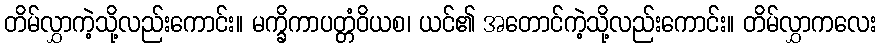
တိမ်လွှာကဲ့သို့လည်းကောင်း။ မက္ခိကာပတ္တံဝိယစ၊ ယင်၏ အတောင်ကဲ့သို့လည်းကောင်း။ တိမ်လွှာကလေး